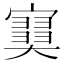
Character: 𡫩